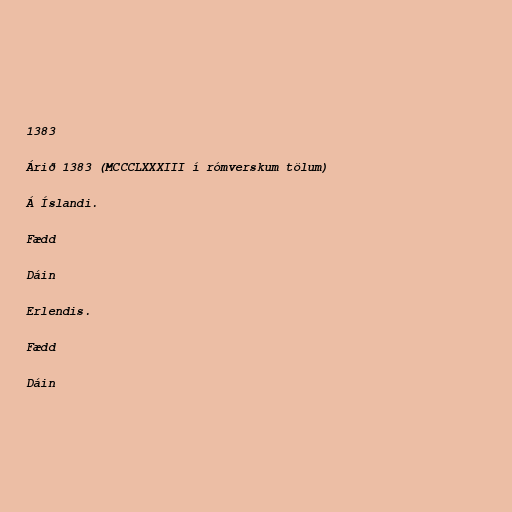
1383

Árið 1383 (MCCCLXXXIII í rómverskum tölum)

Á Íslandi.

Fædd

Dáin

Erlendis.

Fædd

Dáin